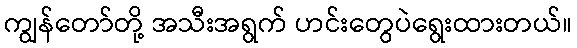
ကျွန်တော်တို့ အသီးအရွက် ဟင်းတွေပဲရွေးထားတယ်။